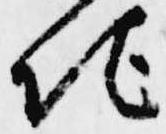
地